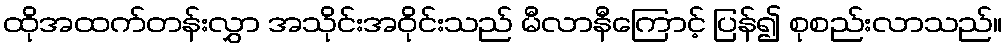
ထိုအထက်တန်းလွှာ အသိုင်းအဝိုင်းသည် မီလာနီကြောင့် ပြန်၍ စုစည်းလာသည်။